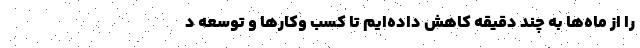
را از ماه‌ها به چند دقیقه کاهش داده‌ایم تا کسب‌ وکارها و توسعه‌ د